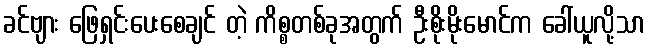
ခင်ဗျား ဖြေရှင်းပေးစေချင် တဲ့ ကိစ္စတစ်ခုအတွက် ဦးစိုးမိုးမောင်က ခေါ်ယူလို့သာ